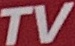
TV